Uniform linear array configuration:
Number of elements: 8
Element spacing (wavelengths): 0.75
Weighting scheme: cosine
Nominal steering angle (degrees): -60
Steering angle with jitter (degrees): -61.608
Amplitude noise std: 0.05
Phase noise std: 0.05

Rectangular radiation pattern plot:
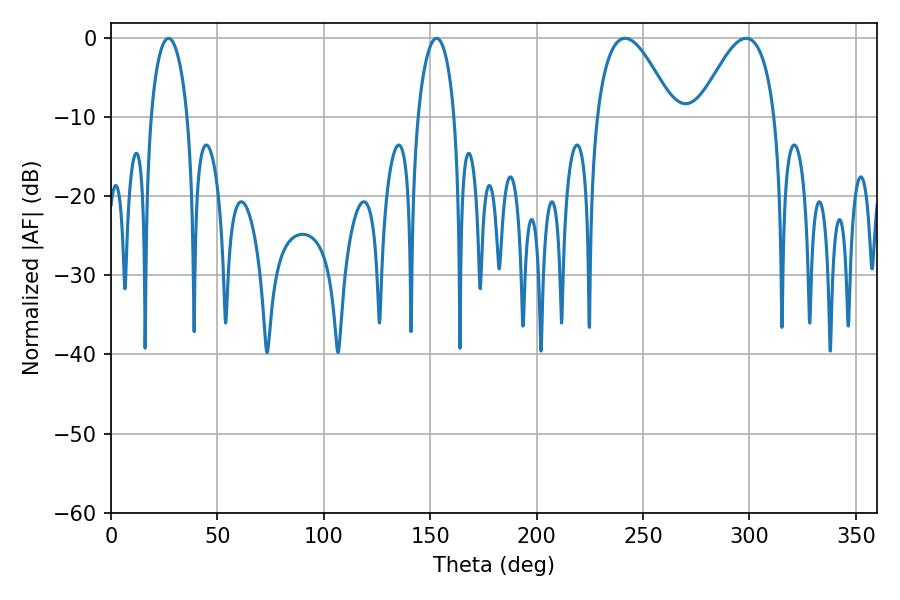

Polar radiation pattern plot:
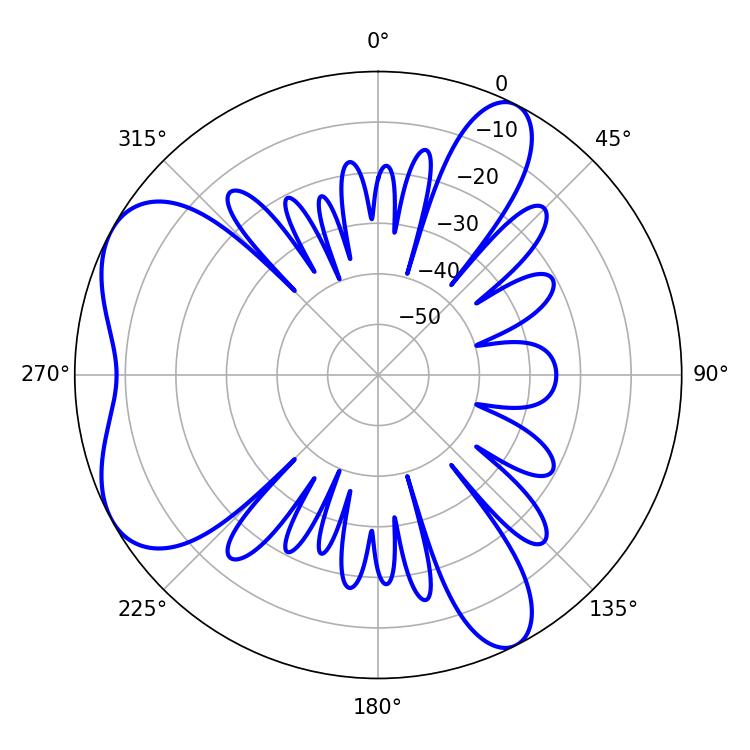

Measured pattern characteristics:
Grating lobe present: TRUE
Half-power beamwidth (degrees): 19.62
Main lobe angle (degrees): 241.56